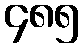
၄၈၅